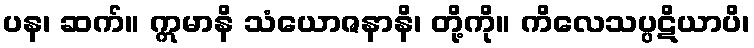
ပန၊ ဆက်။ ဣမာနိ သံယောဇနာနိ၊ တို့ကို။ ကိလေသပ္ပဋိယာပိ၊